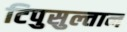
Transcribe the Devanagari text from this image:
टिपुसुल्तान